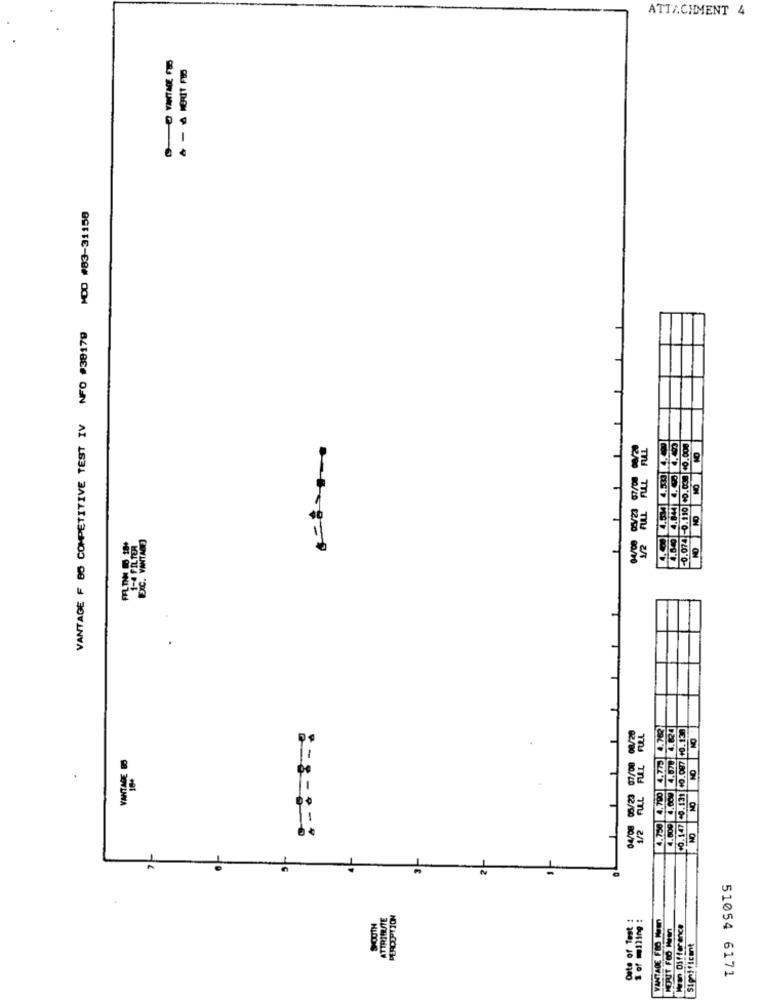
ATTACHMENT 4
VANTAGE F BO COMPETITIVE TEST IV NFO #38179 MOD #83-31158
-0.074 -0.110 +0.03.10.000
ON
ON
10/20 12/30 00/00
ON
ON
ON
02/00 80/40 E2/00
ON
ATTRIBUTE
Date of Text :
VANTADE FOOTUm
FORIT FOO HIM
Significant
51054 6171